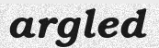
argled